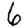
Digit: 6